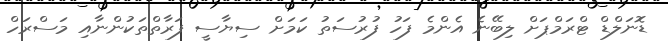
ޑޮނަލްޑް ޓްރަމްޕަށް ލިބޭނެ އެންމެ ފަހު ފުރުސަތު ކަމަށް ސިޔާސީ ފަރާތްތަކުންނާއި މަސްރަހް